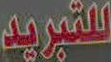
للتبريد